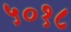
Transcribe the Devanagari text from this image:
५०१८